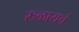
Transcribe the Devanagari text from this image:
रुळायचं